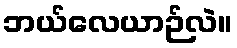
ဘယ်လေယာဉ်လဲ။